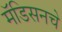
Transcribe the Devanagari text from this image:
मॅडिसनचे